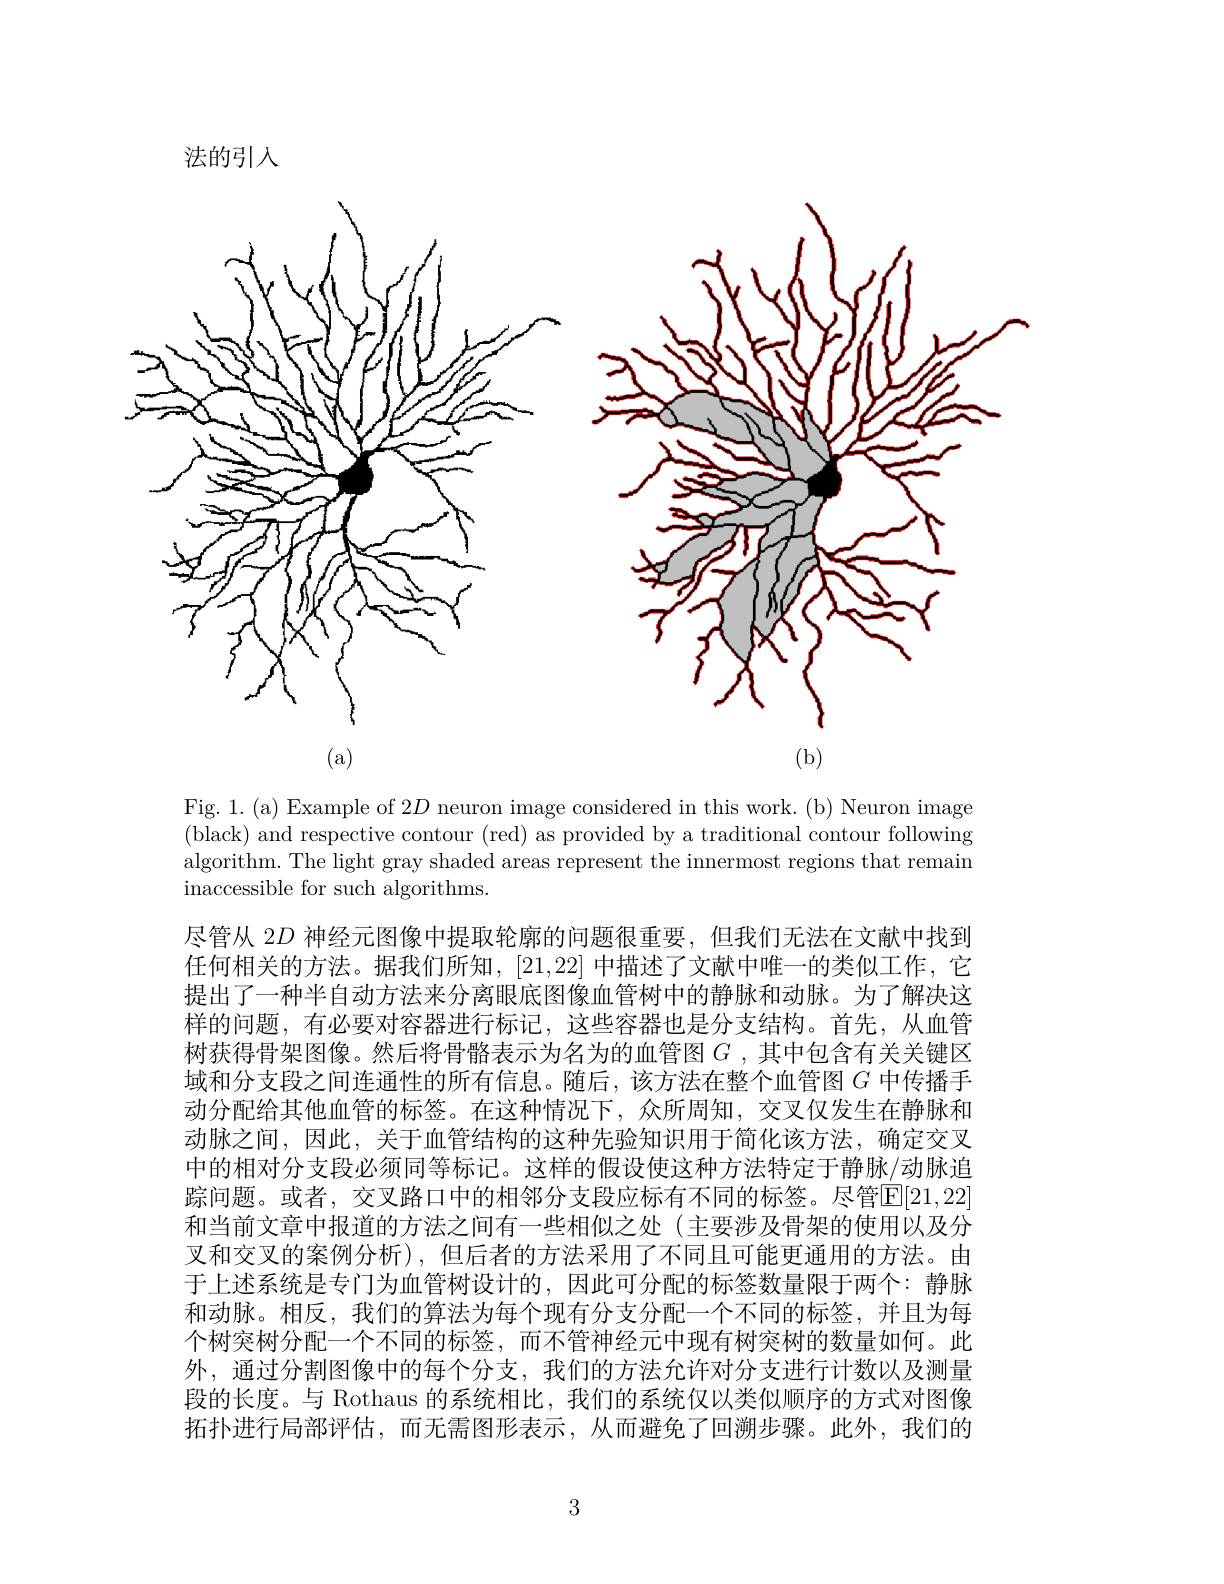
法的引入
<FigureHere>
(a)
(b)

Fig. 1. (a) Example of 2$D$ neuron image considered in this work. (b) Neuron image (black) and respective contour (red) as provided by a traditional contour following algorithm. The light gray shaded areas represent the innermost regions that remain inaccessible for such algorithms.

尽管从 2$D$神经元图像中提取轮廓的问题很重要，但我们无法在文献中找到任何相关的方法。据我们所知，[21,22] 中描述了文献中唯一的类似工作，它提出了一种半自动方法来分离眼底图像血管树中的静脉和动脉。为了解决这样的问题，有必要对容器进行标记，这些容器也是分支结构。首先，从血管树获得骨架图像。然后将骨骼表示为名为的血管图$G$ ,其中包含有关关键区域和分支段之间连通性的所有信息。随后，该方法在整个血管图$G$中传播手动分配给其他血管的标签。在这种情况下，众所周知，交叉仅发生在静脉和动脉之间，因此，关于血管结构的这种先验知识用于简化该方法，确定交叉中的相对分支段必须同等标记。这样的假设使这种方法特定于静脉/动脉追踪问题。或者，交叉路口中的相邻分支段应标有不同的标签。尽管$\overline{\mathbb{E}}[21,22]$ 和当前文章中报道的方法之间有一些相似之处(主要涉及骨架的使用以及分叉和交叉的案例分析),但后者的方法采用了不同且可能更通用的方法。由于上述系统是专门为血管树设计的，因此可分配的标签数量限于两个：静脉和动脉。相反，我们的算法为每个现有分支分配一个不同的标签，并且为每个树突树分配一个不同的标签，而不管神经元中现有树突树的数量如何。此外，通过分割图像中的每个分支，我们的方法允许对分支进行计数以及测量段的长度。与 Rothaus 的系统相比，我们的系统仅以类似顺序的方式对图像拓扑进行局部评估，而无需图形表示，从而避免了回溯步骤。此外，我们的

3